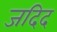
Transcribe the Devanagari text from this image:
जदिद